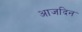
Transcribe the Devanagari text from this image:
आजदिन